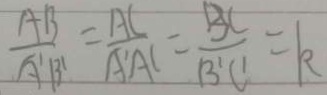
\frac { A B } { A ^ { \prime } B ^ { \prime } } = \frac { A C } { A ^ { \prime } A C } = \frac { B C } { B ^ { \prime } C ^ { \prime } } = k